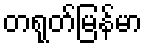
တရုတ်မြန်မာ